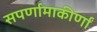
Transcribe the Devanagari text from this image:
सपर्णामाकीर्णां